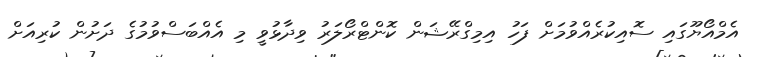
އެމްއޯޔޫގައި ސޮއިކުރެއްވުމަށް ފަހު އިމިގްރޭޝަން ކޮންޓްރޯލަރު ވިދާޅުވީ މި އެއްބަސްވުމުގެ ދަށުން ކުރިއަށް